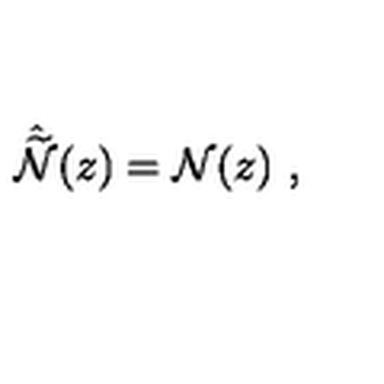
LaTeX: \hat { \widetilde { \cal N } } ( z ) = { \cal N } ( z ) \ ,